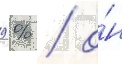
9 % / о́н